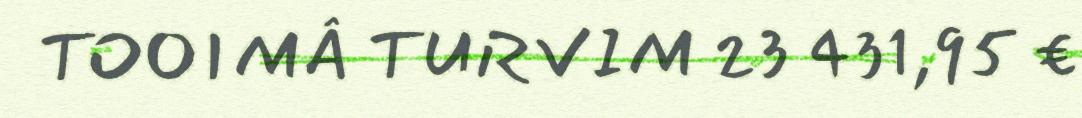
TOOIMÂ TURVIM 23 431,95 €